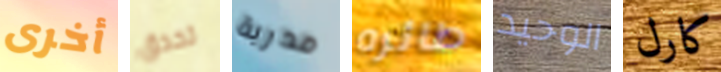
أخرى تحدق مدربة طائره الوحيد كارل